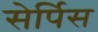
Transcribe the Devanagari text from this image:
सेर्पिस